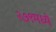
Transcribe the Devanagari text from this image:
२७९मध्ये